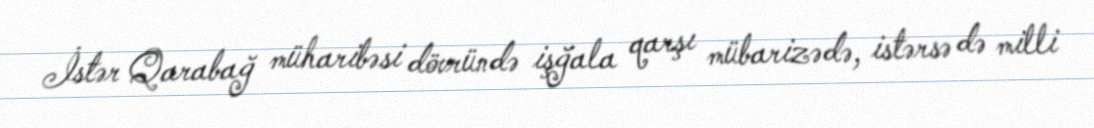
İstər Qarabağ müharibəsi dövründə işğala qarşı mübarizədə, istərsə də milli